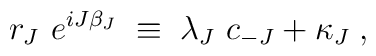
r_J~e^{iJ \beta_J}\; \equiv \; \lambda_J ~ c_{-J} + \kappa_J \; ,